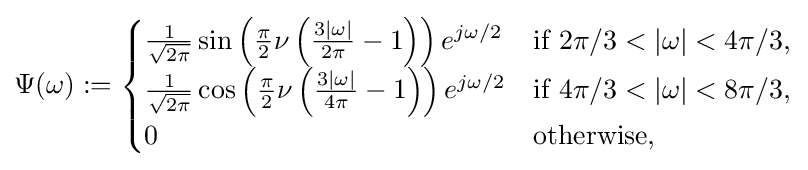
\Psi (\omega ):={\begin{cases}{\frac {1}{\sqrt {2\pi }}}\sin \left({\frac {\pi }{2}}\nu \left({\frac {3|\omega |}{2\pi }}-1\right)\right)e^{j\omega /2}&{\text{if }}2\pi /3<|\omega |<4\pi /3,\\{\frac {1}{\sqrt {2\pi }}}\cos \left({\frac {\pi }{2}}\nu \left({\frac {3|\omega |}{4\pi }}-1\right)\right)e^{j\omega /2}&{\text{if }}4\pi /3<|\omega |<8\pi /3,\\0&{\text{otherwise}},\end{cases}}